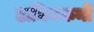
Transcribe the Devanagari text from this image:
डामिनकनों